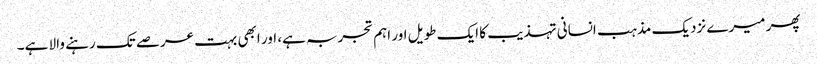
پھر میرے نزدیک مذہب انسانی تہذیب کا ایک طویل اور اہم تجربہ ہے، اور ابھی بہت عرصے تک رہنے والا ہے۔